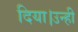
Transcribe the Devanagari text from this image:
दिया।उन्ही